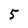
Character: 5